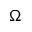
\Omega